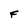
Character: F